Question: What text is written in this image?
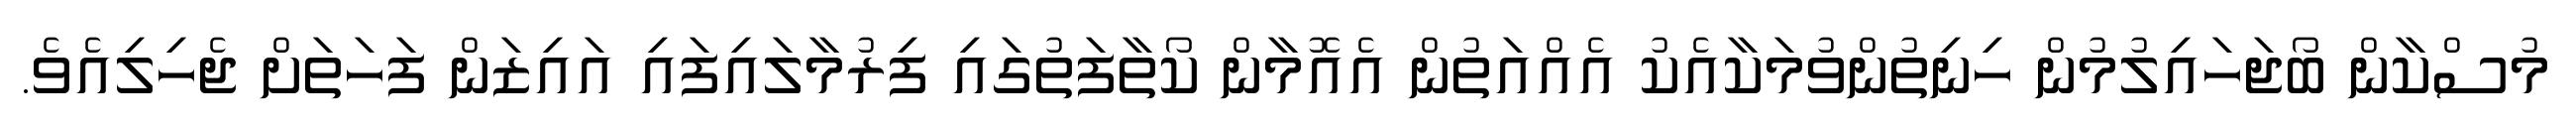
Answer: މުސްކާން ބޯޖަހައިލުމުން ހިނިތުންވުމަކާއެކު އެއްއަތުން އެއޮމާން ކޯތާފަތުގައި ފިރުމާލައިފައި އައިޒަން ފަހަތަށް ޖެހިލިއެވެ.